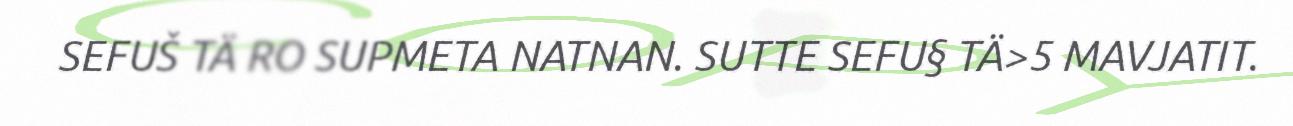
SEFUŠ TÄ RO SUPMETA NATNAN. SUTTE SEFU§ TÄ>5 MAVJATIT.